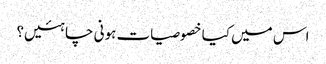
اس میں کیا خصوصیات ہونی چاہئیں؟